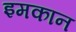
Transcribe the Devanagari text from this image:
इमकान